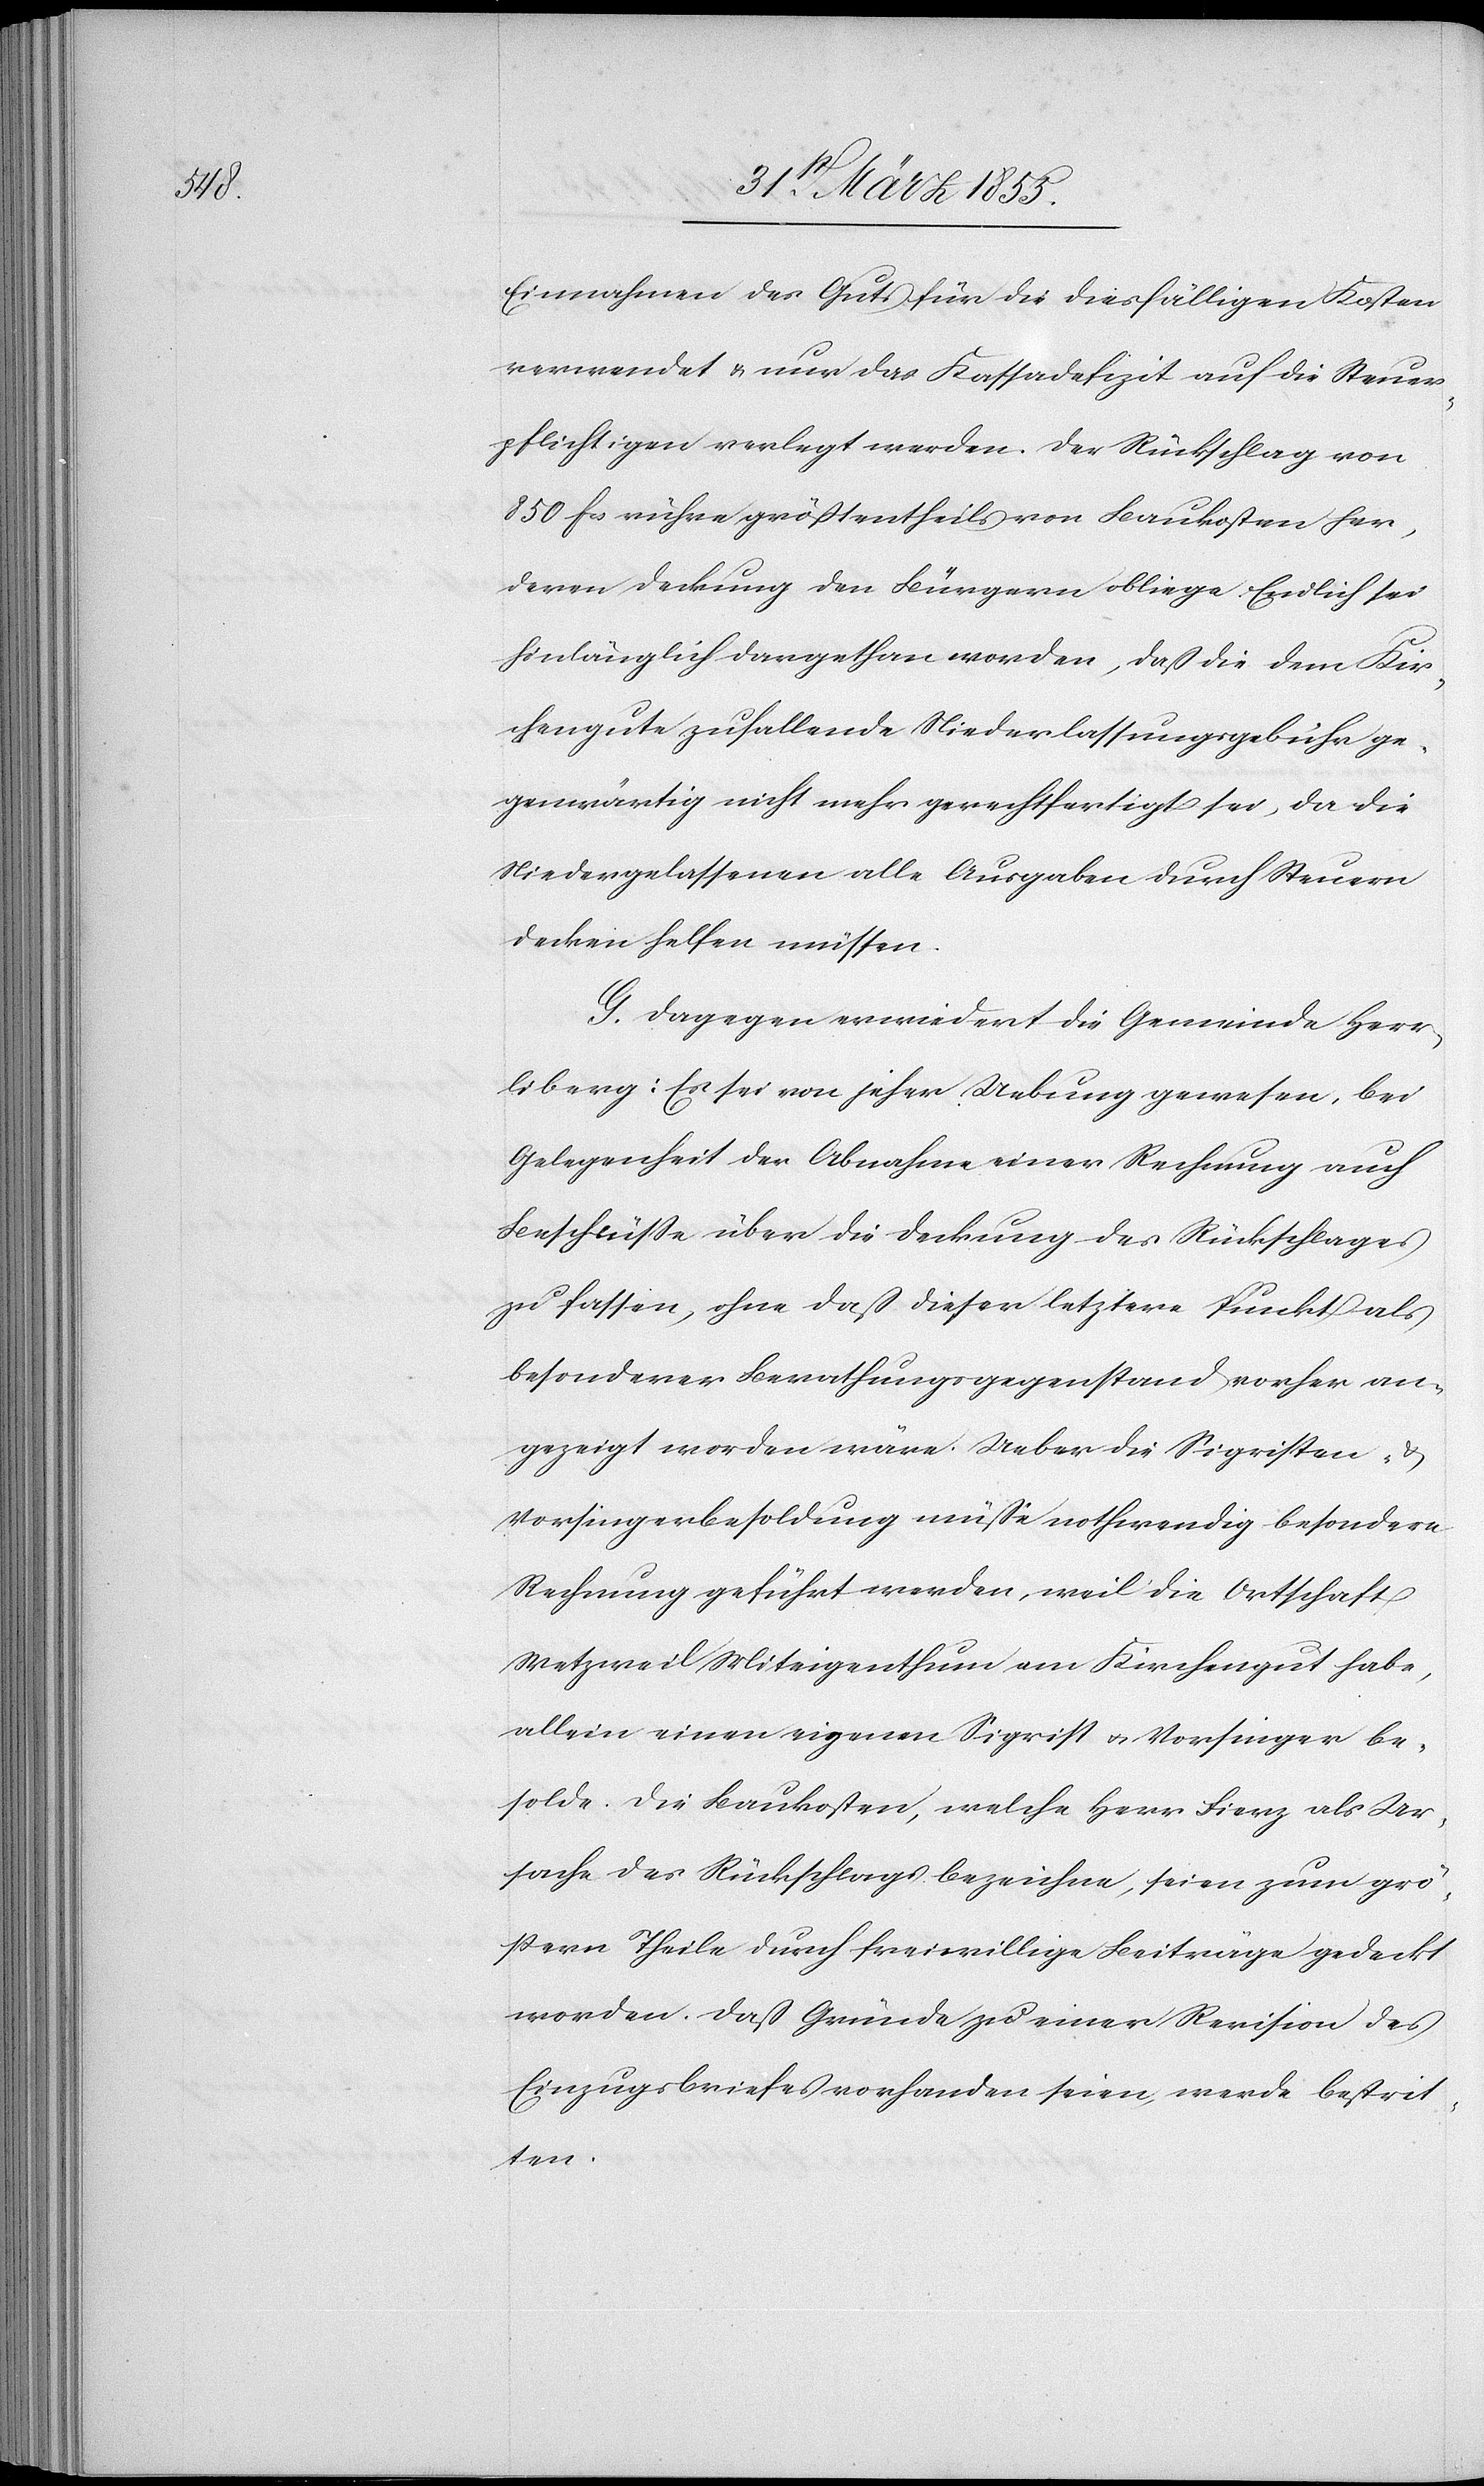
Einnahmen des Guts für die diesfälligen Kosten
verwendet & nur das Kassadefizit auf die Steuer¬
pflichtigen verlegt werden. Der Rückschlag von
850 Fcs rühre größtentheils von Baukosten her,
deren Deckung den Bürgern obliege. Endlich sei
hinlänglich dargethan worden, daß die dem Kir¬
chengute zufallende Niederlassungsgebühr ge¬
genwärtig nicht mehr gerechtfertigt sei, da die
Niedergelassenen alle Ausgaben durch Steuern
decken helfen müssen.
G. Dagegen erwiedert die Gemeinde Herr¬
liberg: Es sei von jeher Uebung gewesen, bei
Gelegenheit der Abnahme einer Rechnung auch
Beschlüsse über die Deckung des Rückschlages
zu fassen, ohne daß dieser letztere Punkt als
besonderer Berathungsgegenstand vorher an¬
gezeigt worden wäre. Ueber die Sigristen-
Vorsingerbesoldung müße nothwendig besondere
Rechnung geführt werden, weil die Ortschaft
Wetzweil Miteigenthum am Kirchengut habe,
allein einen eigenen Sigrist & Vorsinger be¬
solde. Die Baukosten, welche Herr Fierz als Ur¬
sache des Rückschlags bezeichne, seien zum grö¬
ssern Theile durch freiwillige Beiträge gedeckt
worden. Daß Gründe zu einer Revision des
Einzugsbriefes vorhanden seien, werde bestrit¬
ten.